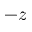
- z